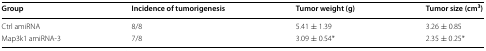
<table><thead><tr><td><b>Group</b></td><td><b>Incidence of tumorigenesis</b></td><td><b>Tumor weight (g)</b></td><td><b>Tumor size (cm<sup>3</sup>)</b></td></tr></thead><tbody><tr><td>Ctrl amiRNA</td><td>8/8</td><td>5.41 ± 1.39</td><td>3.26 ± 0.85</td></tr><tr><td>Map3k1 amiRNA-3</td><td>7/8</td><td>3.09 ± 0.54*</td><td>2.35 ± 0.25*</td></tr></tbody></table>